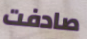
صادفت